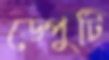
ডেপুটি